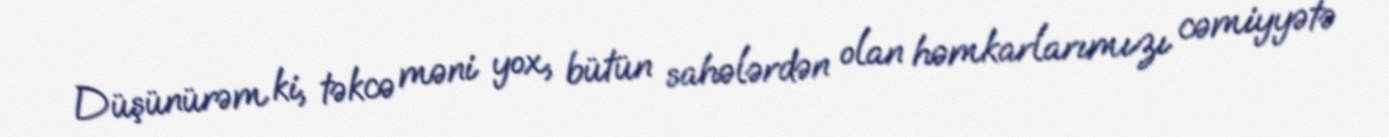
Düşünürəm ki, təkcə məni yox, bütün sahələrdən olan həmkarlarımızı cəmiyyətə